Eesti_Ajutise_Maavalitsuse_haridusosakond, lk 15
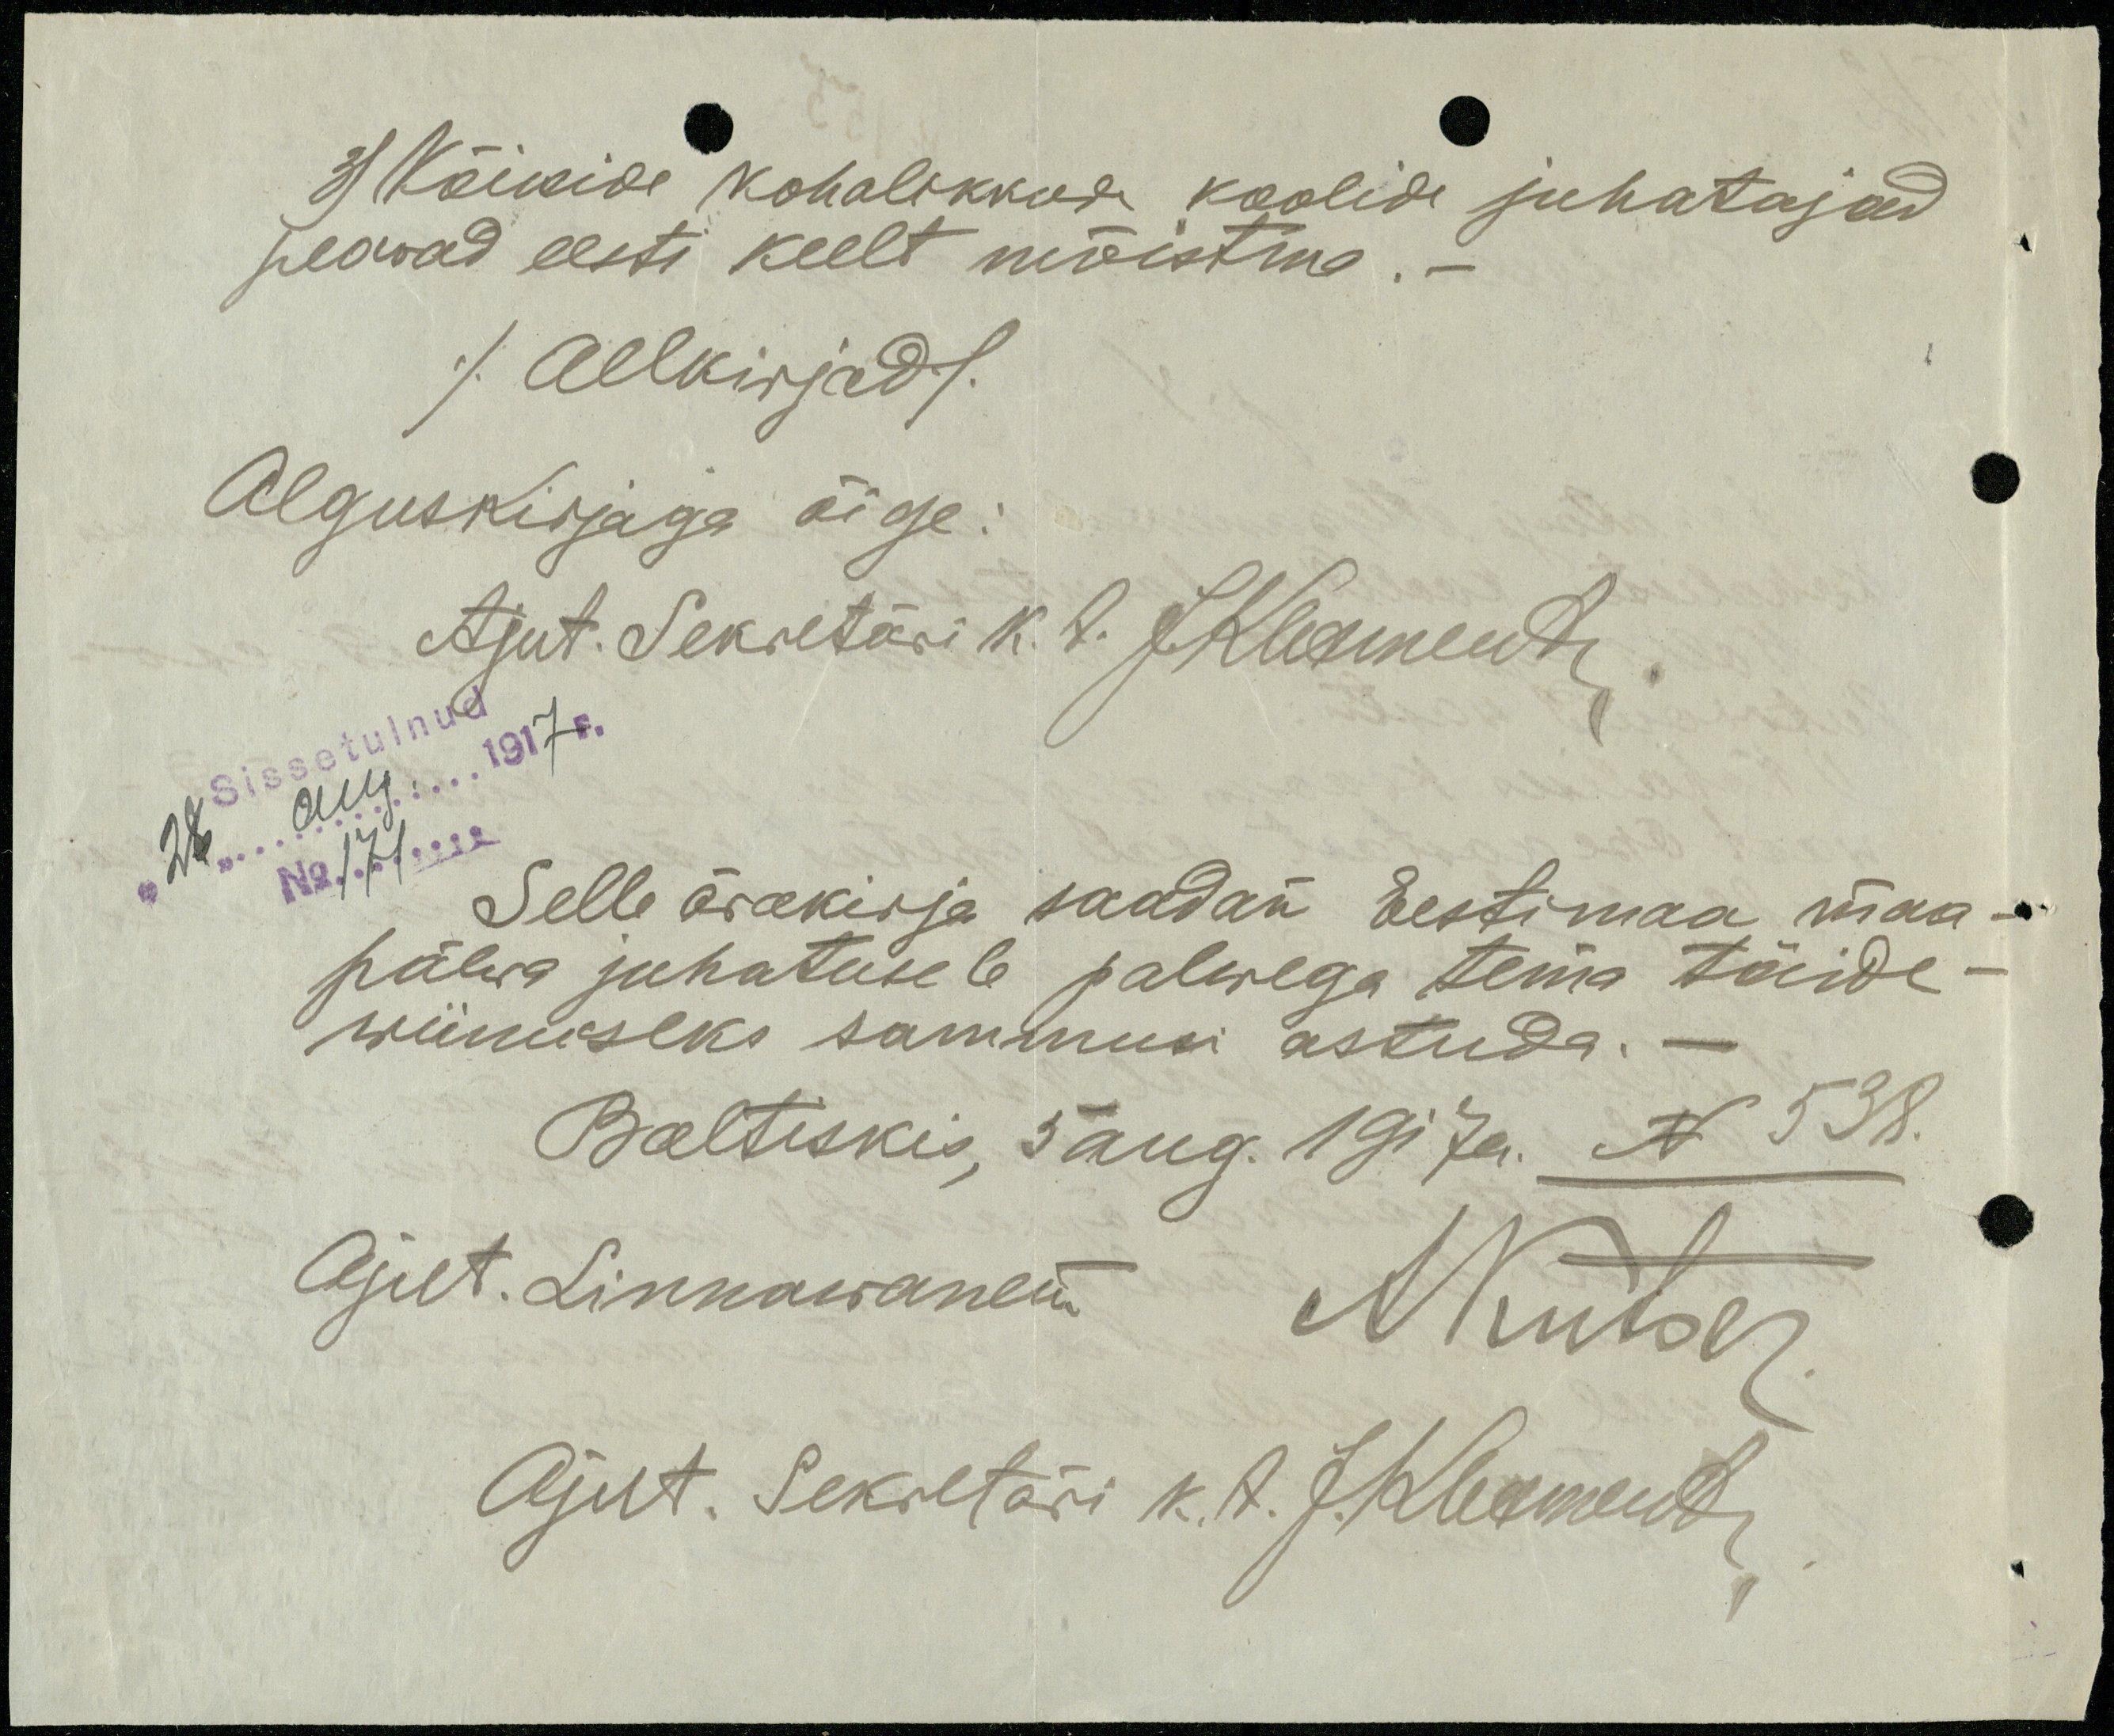
3) Kõikide kohalikkude koolide juhatajad
peawad eesti keelt mõistma.-
/Allkirjad/
Alguskirjaga õige:
Ajut. Sekretäri k. t. JKlementi
No 171
Selle ärakirja saadan Eestimaa maa-
päewa juhatusele 6 palwega tema täide-
wiimiseks sammusi astuda.
Baltiskis, 5 aug. 1917. N 538.
Ajut. Linnawanem
ANutar
Ajut. Sekretäri k. t  J.Klementi